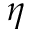
\eta